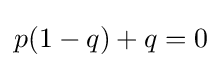
p(1-q)+q=0